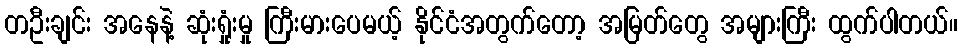
တဦးချင်း အနေနဲ့ ဆုံးရှုံးမှု ကြီးမားပေမယ့် နိုင်ငံအတွက်တော့ အမြတ်တွေ အများကြီး ထွက်ပါတယ်။